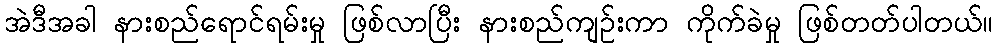
အဲဒီအခါ နားစည်ရောင်ရမ်းမှု ဖြစ်လာပြီး နားစည်ကျဉ်းကာ ကိုက်ခဲမှု ဖြစ်တတ်ပါတယ်။